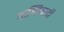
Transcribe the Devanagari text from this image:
गाग्लियार्दी